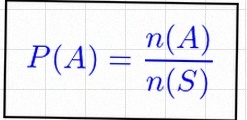
P(A)=\frac{n(A)}{n(S)}